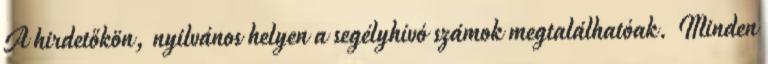
A hirdetőkön, nyilvános helyen a segélyhívó számok megtalálhatóak. Minden